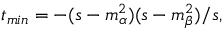
t _ { m i n } = - ( s - m _ { \alpha } ^ { 2 } ) ( s - m _ { \beta } ^ { 2 } ) / s ,